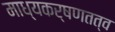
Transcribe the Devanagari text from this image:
माध्यकर्षणतत्व